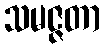
သမဇ္ဇတာ